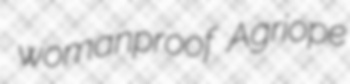
womanproof Agriope